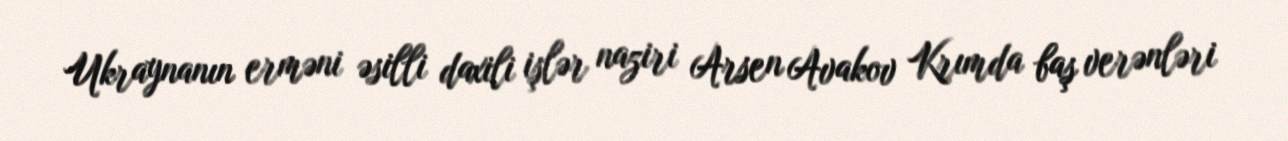
Ukraynanın erməni əsilli daxili işlər naziri Arsen Avakov Krımda baş verənləri